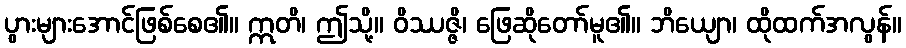
ပွားများအောင်ဖြစ်စေ၏။ ဣတိ၊ ဤသို့။ ဝိဿဇ္ဇိ၊ ဖြေဆိုတော်မူ၏။ ဘိယျော၊ ထိုထက်အလွန်။